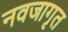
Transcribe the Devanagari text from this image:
नवजागृत